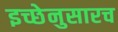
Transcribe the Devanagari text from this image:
इच्छेनुसारच